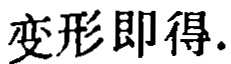
变形即得.